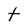
Character: t